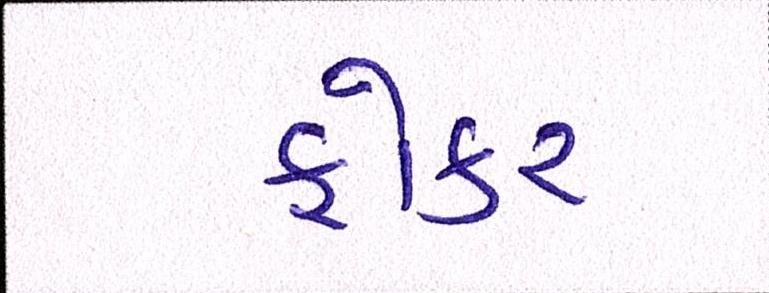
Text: ફોકર